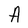
Character: A